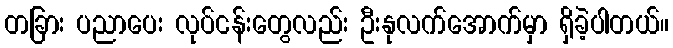
တခြား ပညာပေး လုပ်ငန်းတွေလည်း ဦးနုလက်အောက်မှာ ရှိခဲ့ပါတယ်။